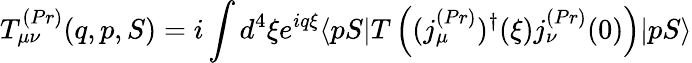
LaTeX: T_{\mu\nu}^{(Pr)}(q,p,S)=i\int d^{4}\xi e^{iq\xi}\langle pS|T\left((j_{\mu}^{(Pr)})^{\dagger}(\xi)j_{\nu}^{(Pr)}(0)\right)|pS\rangle